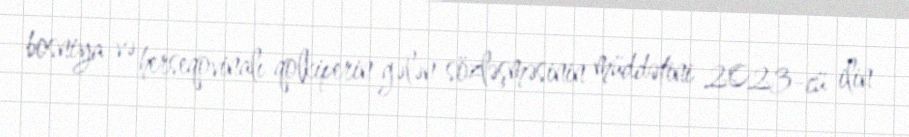
bosniya və herseqovinalı qolkiperin gələn sözləşməsinin müddətini 2023-cü ilin